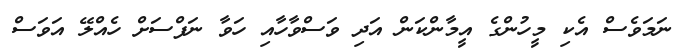
ނަމަވެސް އެކި މީހުންގެ އީމާންކަން އަދި ވަސްވާހާއި ހަވާ ނަފްސަށް ހެއްލޭ އަވަސް